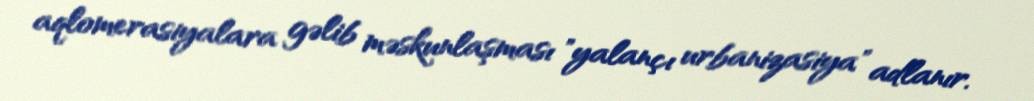
aqlomerasiyalara gəlib məskunlaşması "yalançı urbanizasiya" adlanır.